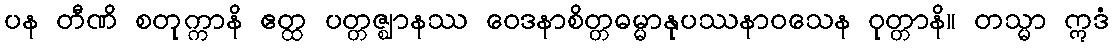
ပန တီဏိ စတုက္ကာနိ ဧတ္ထ ပတ္တဇ္ဈာနဿ ဝေဒနာစိတ္တဓမ္မာနုပဿနာဝသေန ဝုတ္တာနိ။ တသ္မာ ဣဒံ